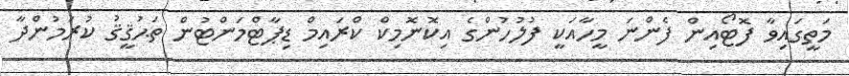
މަތީގައިވާ ފޮޓޯއިން ފެންނަ މީހާއަކީ ފުލުހުންގެ އިކޮނޮމިކް ކްރައިމް ޑިޕާޓްމަންޓުން ތަޙުޤީޤު ކުރަމުންދާ